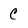
Character: c